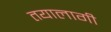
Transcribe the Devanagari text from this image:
तयालागी